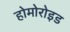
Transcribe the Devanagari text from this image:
होमोरोइड